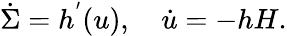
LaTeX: \dot{\Sigma}=h^{'}(u),\quad\dot{u}=-hH.